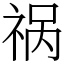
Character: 祸